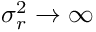
\sigma _ { r } ^ { 2 } \to \infty